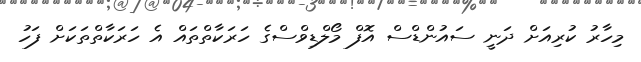
މިހާރު ކުރިއަށް ދަނީ ސައުންޑްސް އޮފް މޯލްޑިވްސްގެ ހަރަކާތްތައް އެ ހަރަކާތްތަކަށް ފަހު